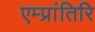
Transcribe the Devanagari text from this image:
एम्प्रांतिरि